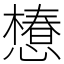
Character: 𢢫